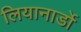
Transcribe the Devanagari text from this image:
लियानार्डो